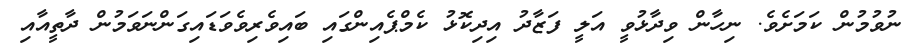
ނުވުމުން ކަމަށެވެ. ނިހާން ވިދާޅުވީ އަލީ ފަޒާދު އިދިކޮޅު ކެމްޕެއިންގައި ބައިވެރިވެވަޑައިގަންނަވަމުން ދާތީއާއި